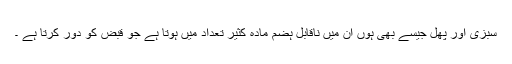
سبزی اور پھل جیسے بھی ہوں ان میں ناقابلِ ہضم مادہ کثیر تعداد میں ہوتا ہے جو قبض کو دور کرتا ہے ۔